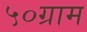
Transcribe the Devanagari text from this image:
५०ग्राम